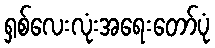
ရှစ်လေးလုံးအရေးတော်ပုံ